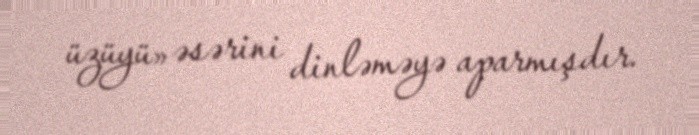
üzüyü» əsərini dinləməyə aparmışdır.